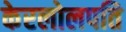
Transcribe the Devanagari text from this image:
केरलोलपति